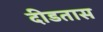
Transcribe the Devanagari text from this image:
दीडतास